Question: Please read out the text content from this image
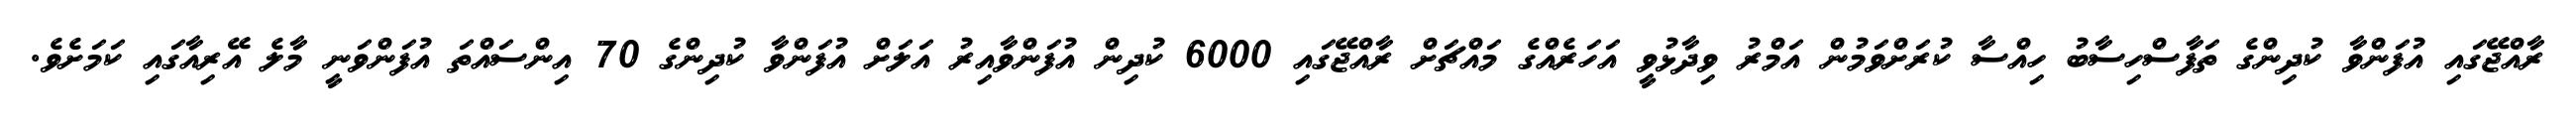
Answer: ރާއްޖޭގައި އުފަންވާ ކުދިންގެ ތަފާސްހިސާބު ހިއްސާ ކުރަށްވަމުން އަމްރު ވިދާޅުވީ އަހަރެއްގެ މައްޗަށް ރާއްޖޭގައި 6000 ކުދިން އުފަންވާއިރު އަލަށް އުފަންވާ ކުދިންގެ 70 އިންސައްތަ އުފަންވަނީ މާލެ އޭރިއާގައި ކަމަށެވެ.